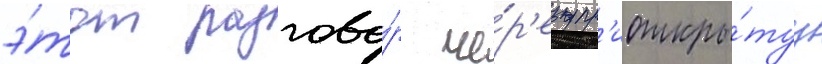
э́тот разгово́р че́р'ез пр'иоткры́туу